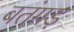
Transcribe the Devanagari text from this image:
बतंगड़